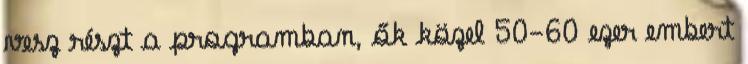
vesz részt a programban, ők közel 50-60 ezer embert